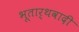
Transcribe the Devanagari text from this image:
भूतार्थवादी